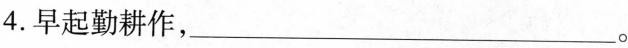
4.早起勤耕作，___。